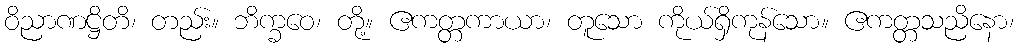
ဝိညာဏဋ္ဌိတိ၊ တည်း။ ဘိက္ခဝေ၊ တို့။ ဧကတ္တကာယာ၊ တူသော ကိုယ်ရှိကုန်သော။ ဧကတ္တသညိနော၊